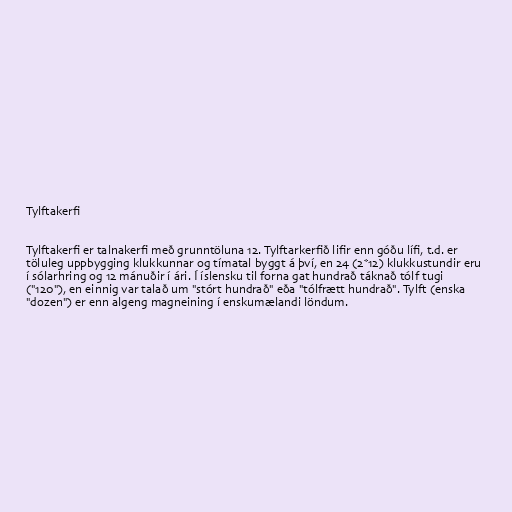
Tylftakerfi

Tylftakerfi er talnakerfi með grunntöluna 12. Tylftarkerfið lifir enn góðu lífi, t.d. er
töluleg uppbygging klukkunnar og tímatal byggt á því, en 24 (2*12) klukkustundir eru
í sólarhring og 12 mánuðir í ári. Í íslensku til forna gat hundrað táknað tólf tugi
("120"), en einnig var talað um "stórt hundrað" eða "tólfrætt hundrað". Tylft (enska
"dozen") er enn algeng magneining í enskumælandi löndum.